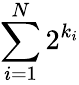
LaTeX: \sum_{i=1}^{N}2^{k_{i}}